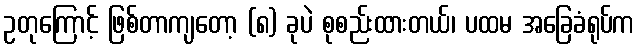
ဥတုကြောင့် ဖြစ်တာကျတော့ (၈) ခုပဲ စုစည်းထားတယ်၊ ပထမ အခြေခံရုပ်က